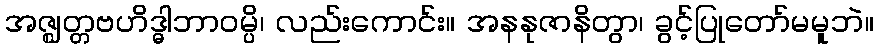
အဇ္ဈတ္တဗဟိဒ္ဓါဘာဝမ္ပိ၊ လည်းကောင်း။ အနနုဇာနိတွာ၊ ခွင့်ပြုတော်မမူဘဲ။